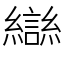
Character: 龻